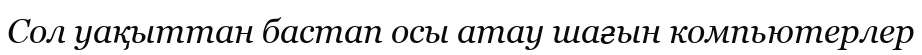
Сол уақыттан бастап осы атау шағын компьютерлер